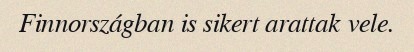
Finnországban is sikert arattak vele.